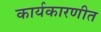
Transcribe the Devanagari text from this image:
कार्यकारणीत